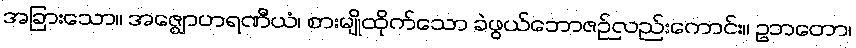
အခြားသော။ အဇ္ဈောဟရဏီယံ၊ စားမျိုထိုက်သော ခဲဖွယ်ဘောဇဉ်လည်းကောင်း။ ဥဘတော၊